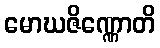
မောဃဇိဏ္ဏောတိ